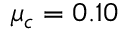
\mu _ { c } = 0 . 1 0